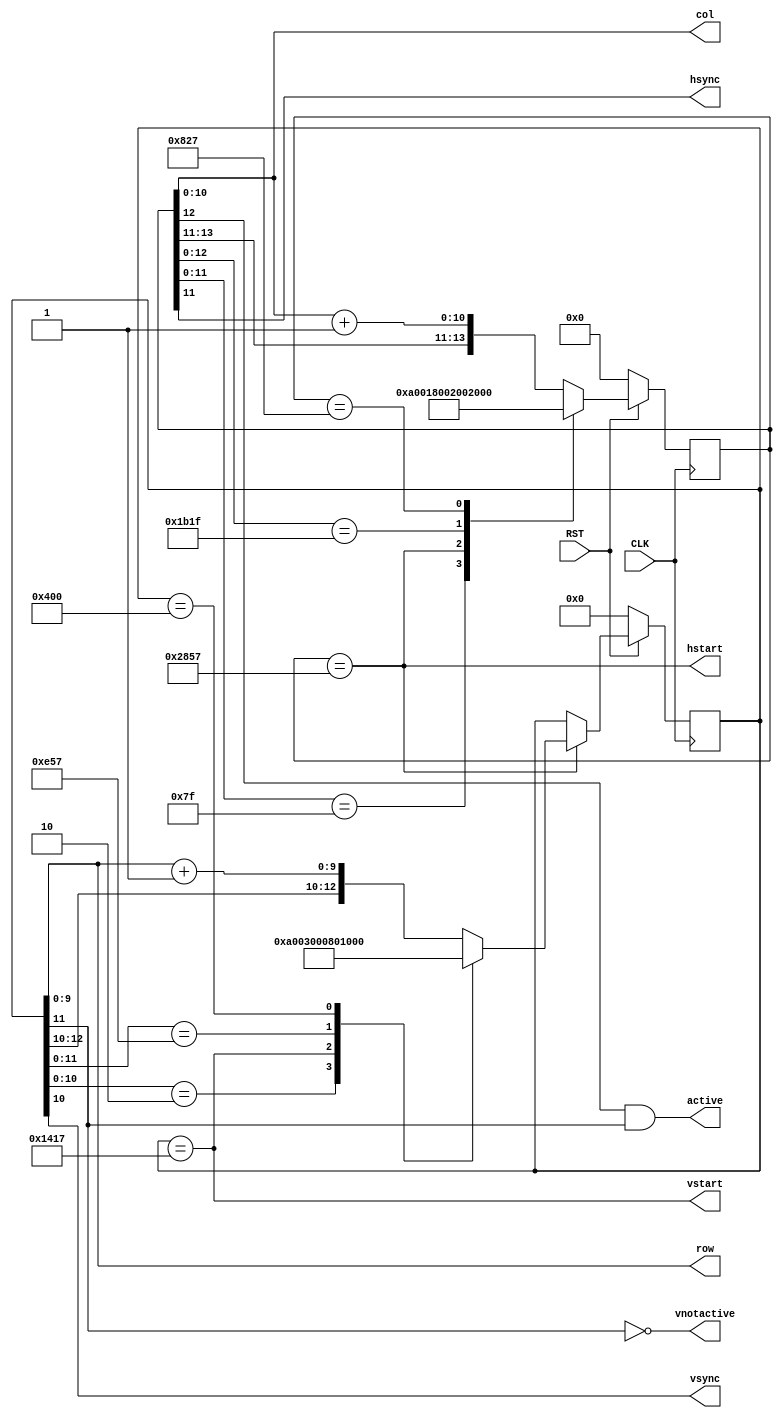
`define HFRONT   11'd39
`define HBACK    11'd87
`define HWIDTH   11'd127
`define HFRONT   11'd39
`define HACTIVE  11'd799
`define VFRONT   10'd0
`define VBACK    10'd23
`define VWIDTH   10'd2
`define VACTIVE  10'd599

module sync(hsync,vsync,col,row,active,vnotactive,hstart,vstart,CLK,RST);
	input CLK,RST;
	output hsync,vsync;
	reg	[13:0] hclock;
	reg [12:0] vclock;
	output [10:0] col;
	output [9:0]  row;
	output active;
	output vnotactive;
	output hstart;
	output vstart;
	assign hsync  = hclock[11];
	assign vsync  = vclock[10];
	assign active = hclock[12] & vclock[11];
	assign vnotactive = !vclock[11];
	assign col    = hclock[10:0];
	assign row    = vclock[9:0];
	assign   hstart = ( hclock == {3'b101, `HBACK} );
	assign   vstart = ( vclock == {3'b101, `VBACK} );
/*
 * Horizontal timing
 */
	always @(posedge CLK)
	begin
		if(!RST)
		begin
			hclock <= 0;
		end //RST
		else
		begin
			casex(hclock)
				{3'bxx0,`HWIDTH } : hclock <= {3'b101,11'b0};
				{3'b101,`HBACK  } : hclock <= {3'b011,11'b0};
				{3'bx11,`HACTIVE} : hclock <= {3'b001,11'b0};
				{3'b001,`HFRONT } : hclock <= {3'b100,11'b0};

				default:
					hclock <= {hclock[13:11],hclock[10:0] + 11'b1};
			endcase
		end
	end
/*
 *  Vertical timing
 */
	always @(posedge CLK)
	begin
		if(!RST)
		begin
			vclock <= 0;
		end //RST
		else if(hstart)
		begin
			casex(vclock)
				{3'bxx0,`VWIDTH } : vclock <= {3'b101,10'b0};
				{3'b101,`VBACK  } : vclock <= {3'b011,10'b0};
				{3'bx11,`VACTIVE} : vclock <= {3'b001,10'b0};
				{3'b001,`VFRONT } : vclock <= {3'b100,10'b0};

				default:
					vclock <= {vclock[12:10],vclock[9:0] + 10'b1};
			endcase
		end
	end
endmodule